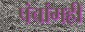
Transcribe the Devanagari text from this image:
पंचांगही